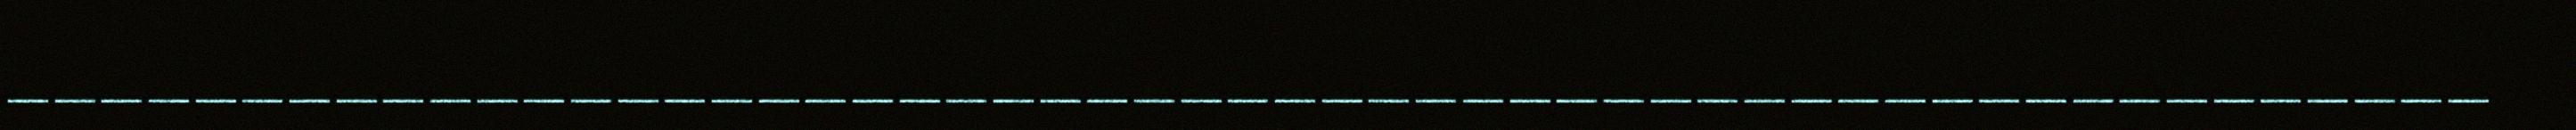
_____________________________________________________